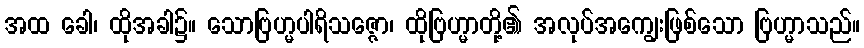
အထ ခေါ၊ ထိုအခါ၌။ သောဗြဟ္မပါရိသဇ္ဇော၊ ထိုဗြဟ္မာတို့၏ အလုပ်အကျွေးဖြစ်သော ဗြဟ္မာသည်။